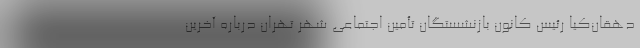
دهقان‌کیا رئیس کانون بازنشستگان تأمین اجتماعی شهر تهران درباره آخرین